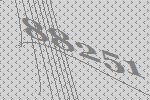
88251